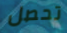
تحصل